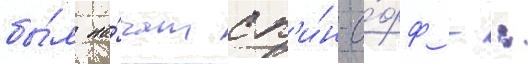
бы́л на́чат сп'и́н-о́фф -: